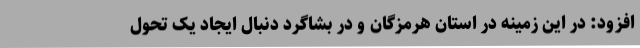
افزود: در این زمینه در استان هرمزگان و در بشاگرد دنبال ایجاد یک تحول